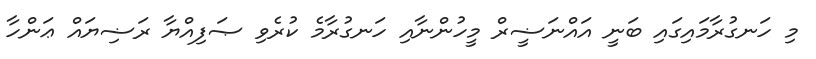
މި ހަނގުރާމައިގައި ބަނީ އައްނަޟީރް މީހުންނާއި ހަނގުރާމެ ކުރެވި ޞަފިއްޔާ ރަޟިޔައް ޢަންހާ